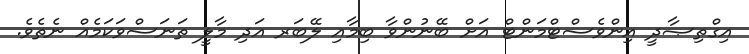
އިގްތިޞާދީ އިންވެސްޓްމަންޓް އަށް ބޭނުންވާ ބިމާއި ލޭބަރ އަދި މާލީ ތަނަސްވަކަމެއް ނެތެވެ.